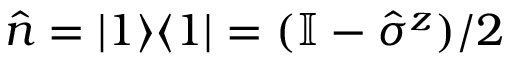
\hat { n } = | 1 \rangle \langle 1 | = ( \mathbb I - \hat { \sigma } ^ { z } ) / 2